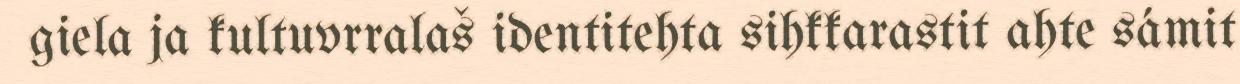
giela ja kultuvrralaš identitehta sihkkarastit ahte sámit